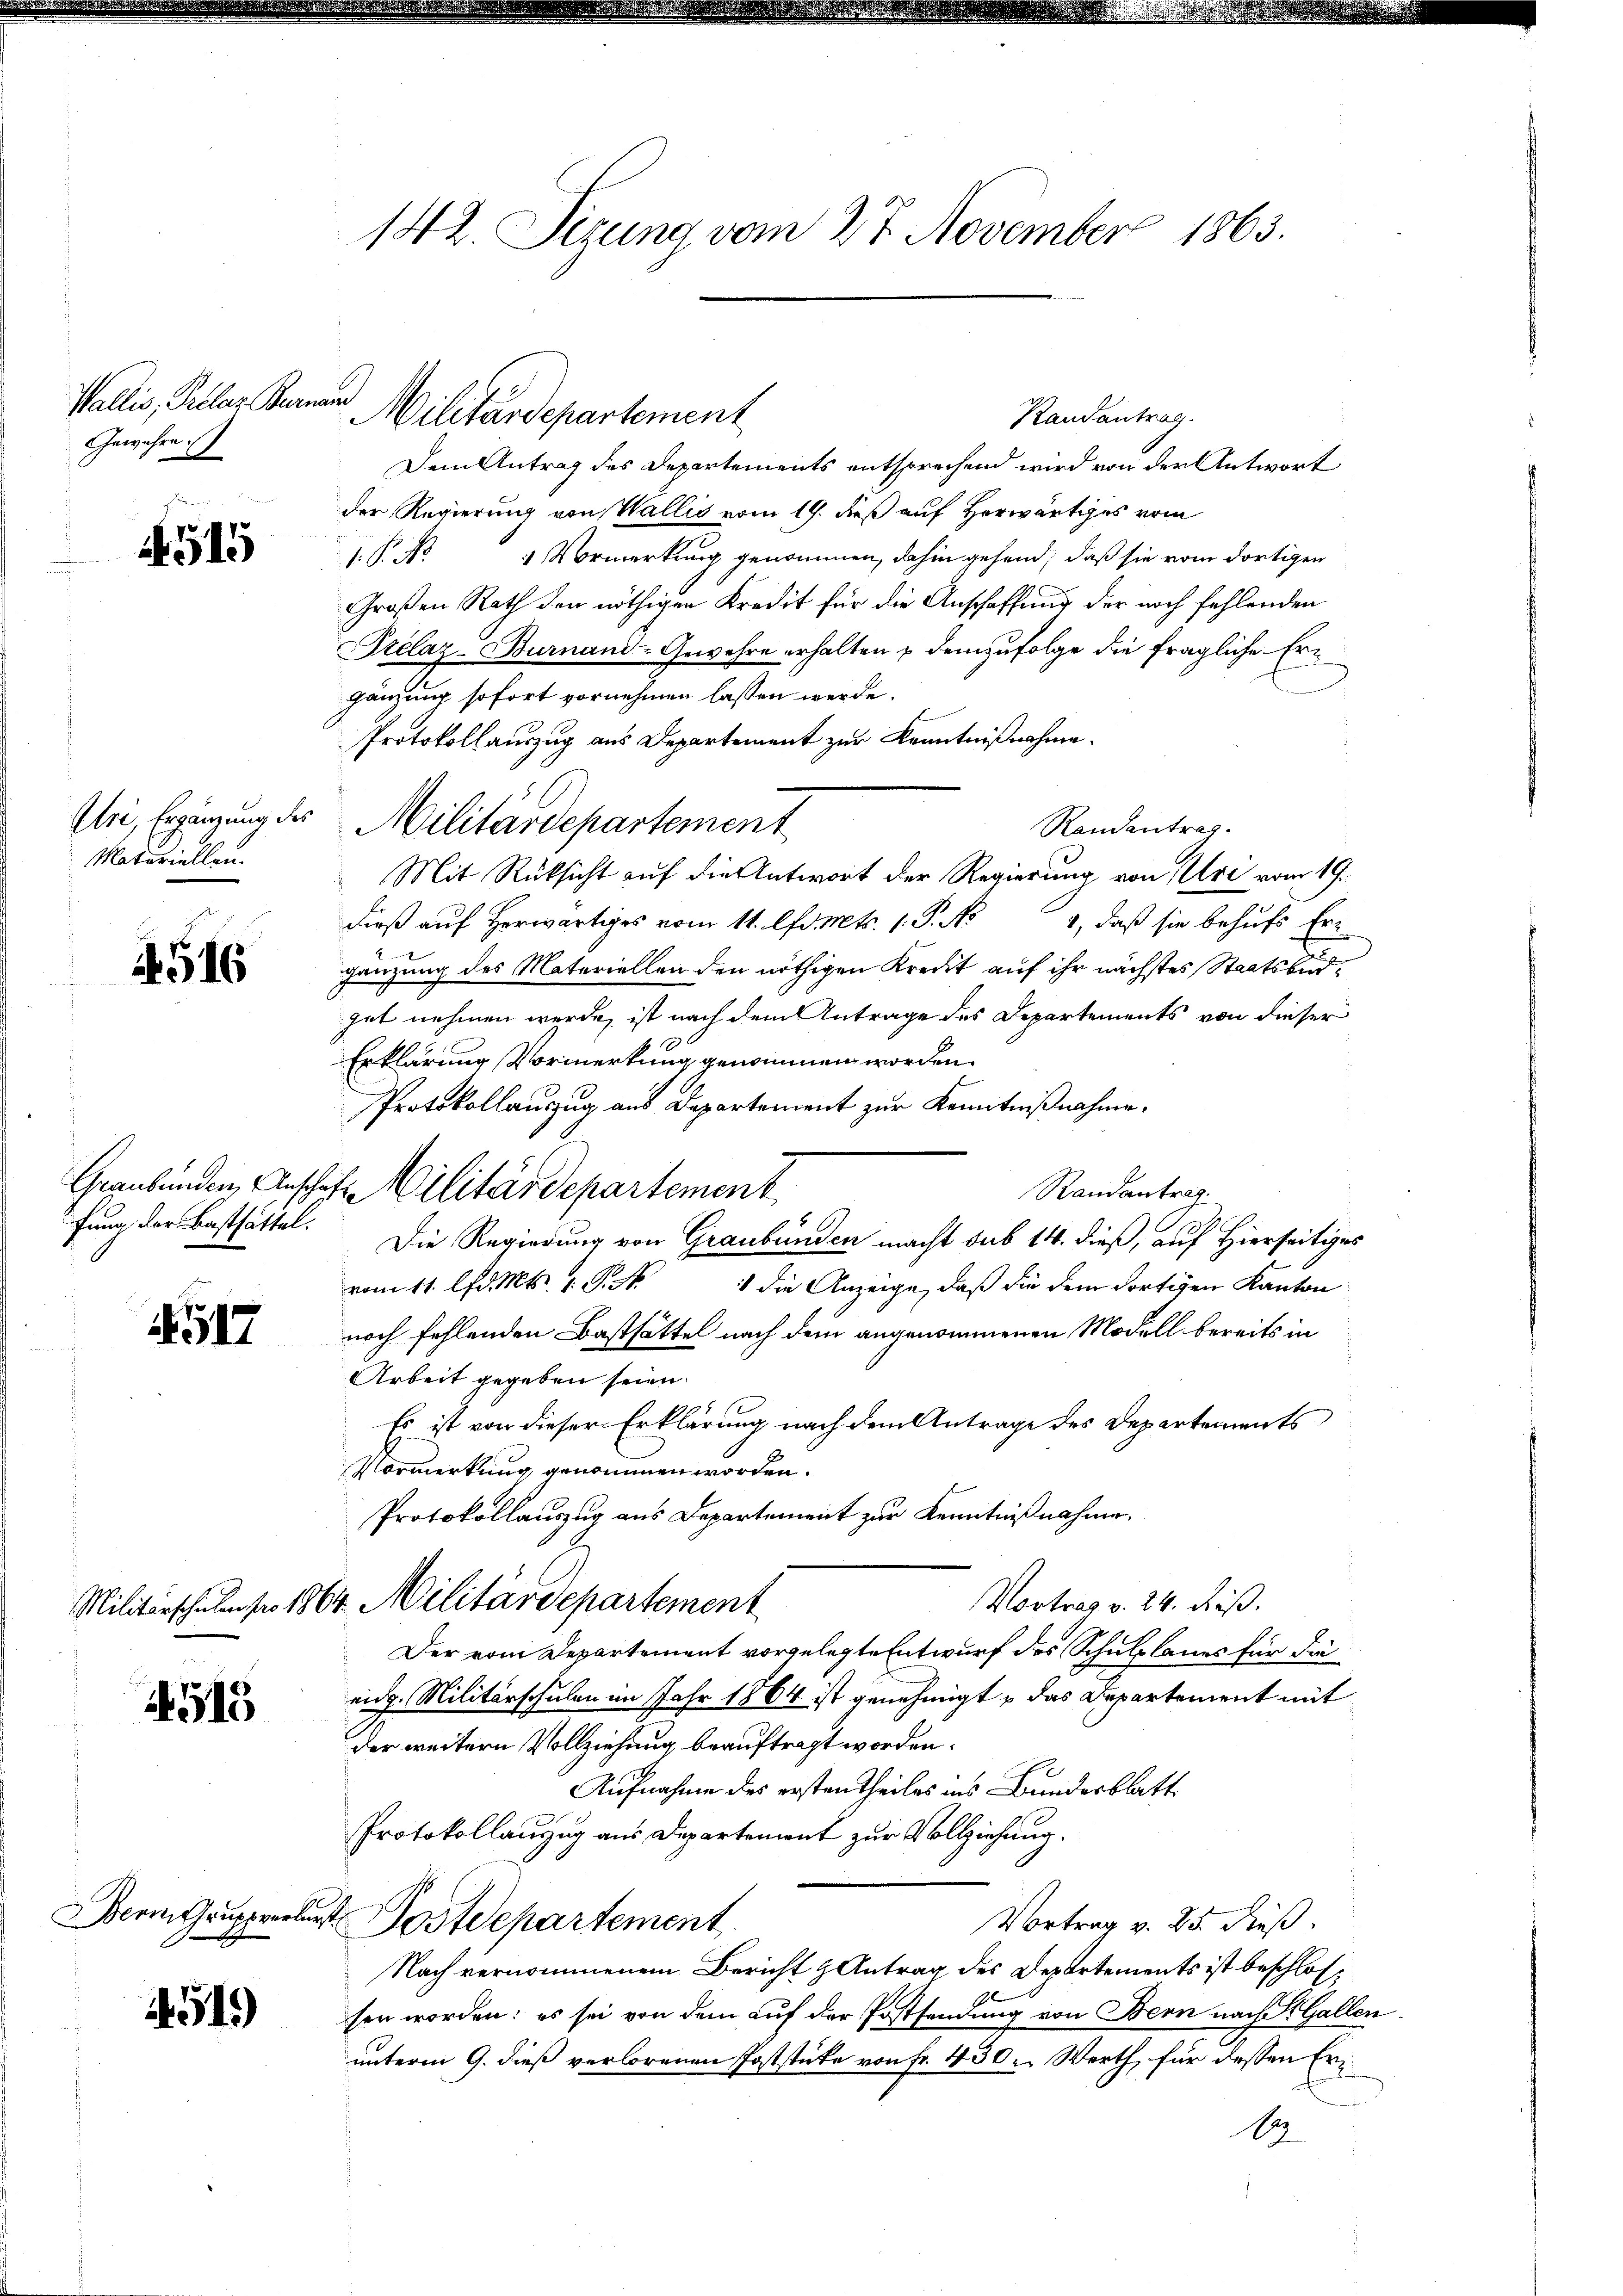
Wallis, Pretar Bernan
Gewähre

4515

.516

1517

1515

451)

Materiellen.

Randantrag.
Dem Antrag des Departements entsprechend wird von der Antwort
der Regierung von Wallis vom 19. dieß auf Herwärtiges vom
1.P. No. 1 Vormerkung genommen, dahin gehend, daß sie vom dortigen
Großen Rath den nöthigen Kredit für die Anschaffung der noch fehlenden
Prélaz-Burnand-Gewehre erhalten & demzufolge die fragliche Ergänzung sofort vornehmen lassen werde.
Protokollauszug aus Departement zur Kenntnißnahme.
Uri, Ergänzung des Militärdepartement
Randantrag.
Mit Rüksicht auf die Antwort der Regierung von Uri vom 19.
dieß auf Herwärtiges vom 11. lfd. Mts. 1. P. N
1, daß sie behufs Eri
gänzung des Materiellen den nöthigen Kredit auf ihr nächstes Staatsburgut nehmen werde, ist nach dem Antrage des Departements von dieser
Erklärung Vormerkung genommen worden.
Protokollauszug aus Departement zur Kenntnißnahme.
Randantrag.
fung der Basthättel. Die Regierung von Graubünden macht sub 14. dieß, auf Hierseitiges
vom 11. d. Mts. 1. P.
1 die Anzeige, daß die dem dortigen Kanton
noch fehlenden Basthättel nach dem angenommenen Modell bereits in
Arbeit gegeben seien.
Es ist von dieser Erklärung nach dem Antrage des Departements
ormerkung genommen worden.
Protokollauszug aus Departement zur Kenntnißnahme.
Vortrag v. 24. dieß.
Militärschulen far 1864. Militärdepartement
Der vom Departement vorgelegte Entwurf des Schulplanes für die
eidg. Militärschulen im Jahr 1864 ist genehmigt u das Departement mit
der weitern Vollziehung beauftragt worden.
Aufnahme des ersten theiles ins Bundesblatt.
Protokollauszug aus Departement zur Vollziehung.
Bern Gruppelert Postdepartement
Vortrag v. 25. dieß.
Nach vernommenem Bericht & Antrag des Departements ist beschlossen worden: es sei von dem auf der Postsendung von Bern nach St. Gallen
unterm 9. dieß verlorenen Poststücke von Fr. 430. Werth, für dessen Er¬
1

142. Sizung vom 27. November 1863.

Militärdepartement

Graubünden, Anschaft Militärdepartement